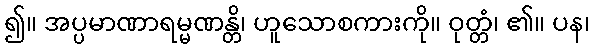
၍။ အပ္ပမာဏာရမ္မဏန္တိ၊ ဟူသောစကားကို။ ဝုတ္တံ၊ ၏။ ပန၊